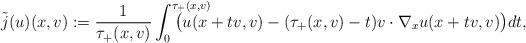
LaTeX: \begin{align*}\tilde j(u)(x,v):={1\over \tau_+(x,v)}\int_0^{\tau_+(x,v)}\hskip -1cm\big(u(x+ tv,v)-(\tau_+(x,v)-t)v\cdot\nabla_x u(x+ tv,v)\big)dt,\end{align*}